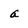
Character: a